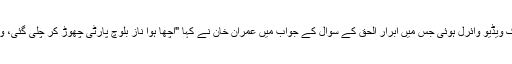
خان صاحب کی ایک ویڈیو وائرل ہوئی جس میں ابرار الحق کے سوال کے جواب میں عمران خان نے کہا "اچھا ہوا ناز بلوچ پارٹی چھوڑ کر چلی گئی، وہ کسی کام کی نہیں۔